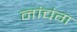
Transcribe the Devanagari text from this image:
नांचंग